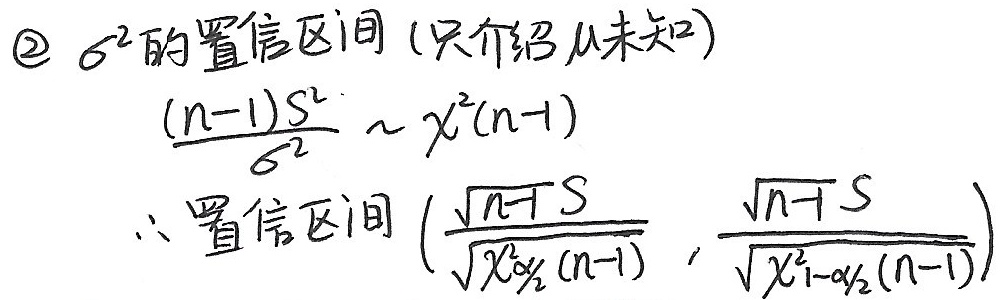
\textcircled{2} \(\sigma^{2}\)的置信区间 (只介绍\(\mu\)未知)
\(\frac{(n - 1)S^{2}}{\sigma^{2}}\sim \chi^{2}(n - 1)\)
\(\therefore\)置信区间\((\frac{\sqrt{n - 1}S}{\sqrt{\chi_{\alpha/2}^{2}(n - 1)}},\frac{\sqrt{n - 1}S}{\sqrt{\chi_{1-\alpha/2}^{2}(n - 1)}})\)